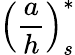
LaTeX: \left(\frac{a}{h}\right)_{s}^{*}